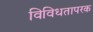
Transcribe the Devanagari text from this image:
विविधतापरक